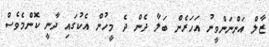
ޒާލް އަންނަންވީނު އަހަރެން ބަލާ ދެން ދެ މީހުން އެކުގައި ދާނީ ކޮންމެވެސް